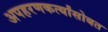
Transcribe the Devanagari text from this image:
अपहरणकर्त्यांसोबत